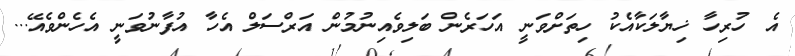
އެ ހުރިހާ ޚިޔާލަކާއެކު ހިތަށްވަނީ އަހަރެން ބަލިވެއިނުމުން އަރްސަލް އެހާ އުފާނުވަނީ އެހެންވެއޭ...